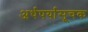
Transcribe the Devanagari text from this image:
अर्थपर्यासूचक